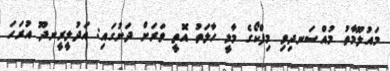
މައުލޫމާތު މުއްސަނދިވި މިފްކޯގެ މާލީ ހާލަތު އޮތީ ވަރަށް ދަށުގައި: އަދުލީރީނދޫ އުރަހަ